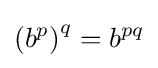
\left(b^{p}\right)^{q}=b^{pq}